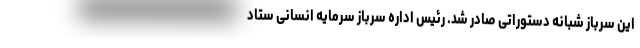
این سرباز شبانه دستوراتی صادر شد. رئیس اداره سرباز سرمایه انسانی ستاد